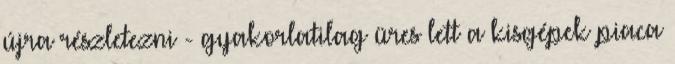
újra részletezni - gyakorlatilag üres lett a kisgépek piaca